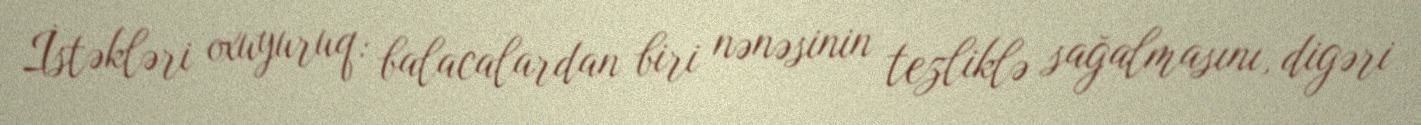
İstəkləri oxuyuruq: balacalardan biri nənəsinin tezliklə sağalmasını, digəri